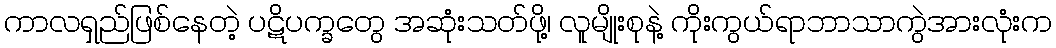
ကာလရှည်ဖြစ်နေတဲ့ ပဋိပက္ခတွေ အဆုံးသတ်ဖို့၊ လူမျိုးစုနဲ့ ကိုးကွယ်ရာဘာသာကွဲအားလုံးက